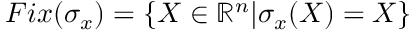
F i x ( \sigma _ { x } ) = \{ X \in \mathbb { R } ^ { n } | \sigma _ { x } ( X ) = X \}